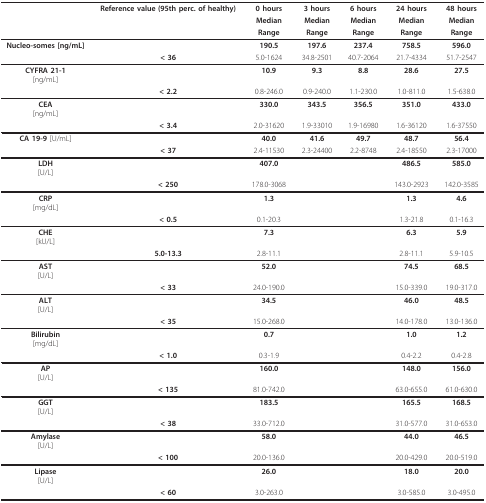
<table><thead><tr><td></td><td><b>Reference value (95th perc. of healthy)</b></td><td><b>0 hours</b></td><td><b>3 hours</b></td><td><b>6 hours</b></td><td><b>24 hours</b></td><td><b>48 hours</b></td></tr><tr><td></td><td></td><td><b>Median</b></td><td><b>Median</b></td><td><b>Median</b></td><td><b>Median</b></td><td><b>Median</b></td></tr><tr><td></td><td></td><td><b>Range</b></td><td><b>Range</b></td><td><b>Range</b></td><td><b>Range</b></td><td><b>Range</b></td></tr></thead><tbody><tr><td><b>Nucleo-somes </b>[ng/mL]</td><td></td><td><b>190.5</b></td><td><b>197.6</b></td><td><b>237.4</b></td><td><b>758.5</b></td><td><b>596.0</b></td></tr><tr><td></td><td><b>&lt; 36</b></td><td>5.0-1624</td><td>34.8-2501</td><td>40.7-2064</td><td>21.7-4334</td><td>51.7-2547</td></tr><tr><td><b>CYFRA 21-1</b>[ng/mL]</td><td></td><td><b>10.9</b></td><td><b>9.3</b></td><td><b>8.8</b></td><td><b>28.6</b></td><td><b>27.5</b></td></tr><tr><td></td><td><b>&lt; 2.2</b></td><td>0.8-246.0</td><td>0.9-240.0</td><td>1.1-230.0</td><td>1.0-811.0</td><td>1.5-638.0</td></tr><tr><td><b>CEA</b>[ng/mL]</td><td></td><td><b>330.0</b></td><td><b>343.5</b></td><td><b>356.5</b></td><td><b>351.0</b></td><td><b>433.0</b></td></tr><tr><td></td><td><b>&lt; 3.4</b></td><td>2.0-31620</td><td>1.9-33010</td><td>1.9-16980</td><td>1.6-36120</td><td>1.6-37550</td></tr><tr><td><b>CA 19-9 </b>[U/mL]</td><td></td><td><b>40.0</b></td><td><b>41.6</b></td><td><b>49.7</b></td><td><b>48.7</b></td><td><b>56.4</b></td></tr><tr><td></td><td><b>&lt; 37</b></td><td>2.4-11530</td><td>2.3-24400</td><td>2.2-8748</td><td>2.4-18550</td><td>2.3-17000</td></tr><tr><td><b>LDH</b>[U/L]</td><td></td><td><b>407.0</b></td><td></td><td></td><td><b>486.5</b></td><td><b>585.0</b></td></tr><tr><td></td><td><b>&lt; 250</b></td><td>178.0-3068</td><td></td><td></td><td>143.0-2923</td><td>142.0-3585</td></tr><tr><td><b>CRP</b>[mg/dL]</td><td></td><td><b>1.3</b></td><td></td><td></td><td><b>1.3</b></td><td><b>4.6</b></td></tr><tr><td></td><td><b>&lt; 0.5</b></td><td>0.1-20.3</td><td></td><td></td><td>1.3-21.8</td><td>0.1-16.3</td></tr><tr><td><b>CHE</b>[kU/L]</td><td></td><td><b>7.3</b></td><td></td><td></td><td><b>6.3</b></td><td><b>5.9</b></td></tr><tr><td></td><td><b>5.0-13.3</b></td><td>2.8-11.1</td><td></td><td></td><td>2.8-11.1</td><td>5.9-10.5</td></tr><tr><td><b>AST</b>[U/L]</td><td></td><td><b>52.0</b></td><td></td><td></td><td><b>74.5</b></td><td><b>68.5</b></td></tr><tr><td></td><td><b>&lt; 33</b></td><td>24.0-190.0</td><td></td><td></td><td>15.0-339.0</td><td>19.0-317.0</td></tr><tr><td><b>ALT</b>[U/L]</td><td></td><td><b>34.5</b></td><td></td><td></td><td><b>46.0</b></td><td><b>48.5</b></td></tr><tr><td></td><td><b>&lt; 35</b></td><td>15.0-268.0</td><td></td><td></td><td>14.0-178.0</td><td>13.0-136.0</td></tr><tr><td><b>Bilirubin</b>[mg/dL]</td><td></td><td><b>0.7</b></td><td></td><td></td><td><b>1.0</b></td><td><b>1.2</b></td></tr><tr><td></td><td><b>&lt; 1.0</b></td><td>0.3-1.9</td><td></td><td></td><td>0.4-2.2</td><td>0.4-2.8</td></tr><tr><td><b>AP</b>[U/L]</td><td></td><td><b>160.0</b></td><td></td><td></td><td><b>148.0</b></td><td><b>156.0</b></td></tr><tr><td></td><td><b>&lt; 135</b></td><td>81.0-742.0</td><td></td><td></td><td>63.0-655.0</td><td>61.0-630.0</td></tr><tr><td><b>GGT</b>[U/L]</td><td></td><td><b>183.5</b></td><td></td><td></td><td><b>165.5</b></td><td><b>168.5</b></td></tr><tr><td></td><td><b>&lt; 38</b></td><td>33.0-712.0</td><td></td><td></td><td>31.0-577.0</td><td>31.0-653.0</td></tr><tr><td><b>Amylase</b>[U/L]</td><td></td><td><b>58.0</b></td><td></td><td></td><td><b>44.0</b></td><td><b>46.5</b></td></tr><tr><td></td><td><b>&lt; 100</b></td><td>20.0-136.0</td><td></td><td></td><td>20.0-429.0</td><td>20.0-519.0</td></tr><tr><td><b>Lipase</b>[U/L]</td><td></td><td><b>26.0</b></td><td></td><td></td><td><b>18.0</b></td><td><b>20.0</b></td></tr><tr><td></td><td><b>&lt; 60</b></td><td>3.0-263.0</td><td></td><td></td><td>3.0-585.0</td><td>3.0-495.0</td></tr></tbody></table>